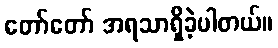
တော်တော် အရသာရှိခဲ့ပါတယ်။